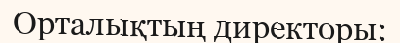
Орталықтың директоры: